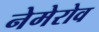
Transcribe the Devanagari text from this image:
नेमेरोव